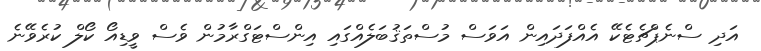
އަދި ސްނެޕްޗެޓެކޭ އެއްފަދައިން އަވަސް މުސްތަޤުބަލެއްގައި އިންސްޓަގްރާމުން ވެސް ވީޑިއޯ ކޯލް ކުރެވޭނެ